Eestimaa_Kommunistliku_Partei_Keskkomitee, lk 65
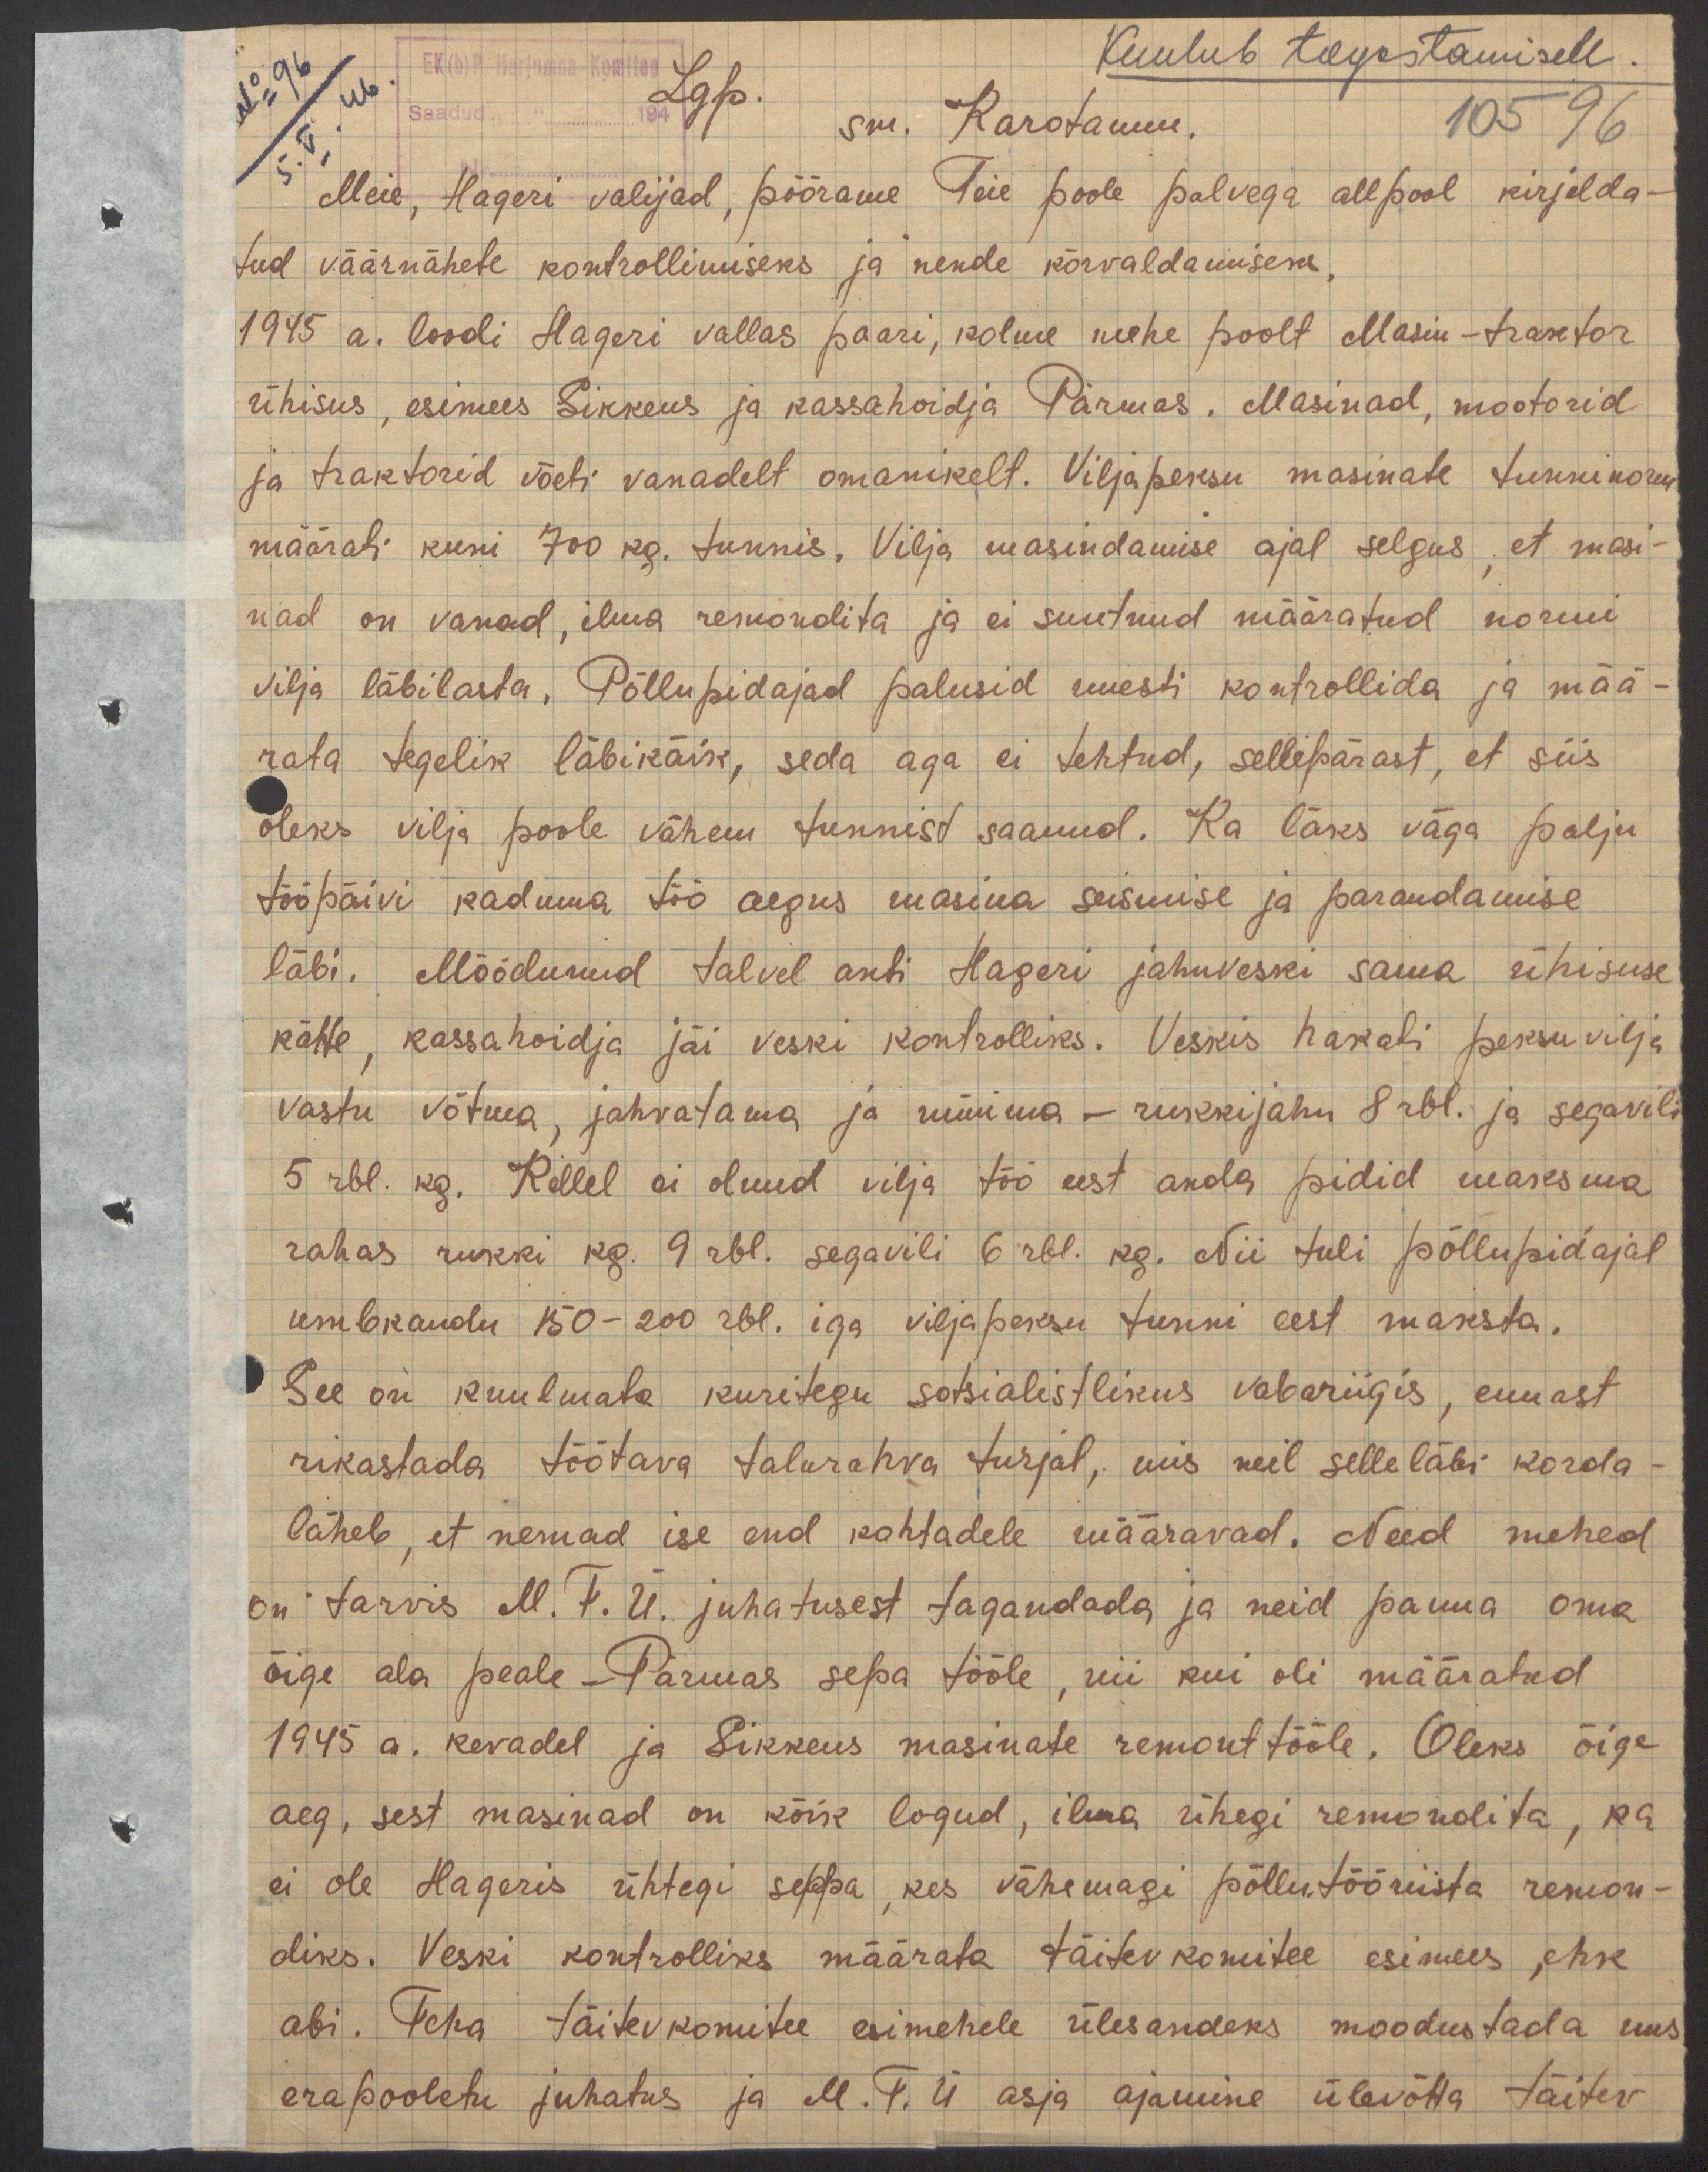
Kuulub tagastamisele
Lgp.
sm. Karotamm.
105 96
Meie, Hageri valijad, pöörame Teie poole palvega allpool kirjelda-
tud väärnähete kontrollimiseks ja nende kõrvaldamiseks.
1945 a. loodi Hageri vallas paari, kolme mehe poolt Masin-traktor
ühisus, esimees Sikkeus ja kassahoidja Pärmas. Masinad, mootorid
ja traktorid võeti vanadelt omanikelt. Viljapeksu masinate tunninorm
määrati kuni 700 kg. tunnis. Vilja masindamise ajal selgus, et masi-
nad on vanad, ilma remondita ja ei suutnud määratud normi
vilja läbilasta. Põllupidajad palusid uuesti kontrollida ja mää-
rata tegelik läbikäik, seda aga ei tehtud, sellepärast, et siis
oleks vilja poole vähem tunnist saanud. Ka läks väga palju
tööpäivi kaduma töö aegus masina seismise ja parandamise
läbi. Möödunud talvel anti Hageri jahuveski sama ühisuse
kätte, kassahoidja jäi veski kontrolliks. Veskis hakati peksuvilja
vastu võtma, jahvatama ja müüma - rukkijahu 8 rbl. ja segavili
5 rbl. kg. Kellel ei olnud vilja töö eest anda pidid maksma
rahas rukki kg. 9 rbl. segavili 6 rbl. kg. Nii tuli põllupidajal
umbkaudu 150-200 rbl. iga viljapeksu tunni eest maksta.
See on kuulmata kuritegu sotsialistlikus vabariigis, ennast
rikastada töötava talurahva turjal, mis neil selle läbi korda-
läheb, et nemad ise end kohtadele määravad. Need mehed
on tarvis M.T.Ü. juhatusest tagandada ja neid panna oma
õige ala peale - Pärmas sepa tööle, nii kui oli määratud
1945 a. kevadel ja Sikkeus masinate remonttööle. Oleks õige
aeg, sest masinad on kõik logud, ilma ühegi remondita, ka
ei ole Hageris ühtegi seppa, kes vähemagi põllutööriista remon-
diks. Veski kontrolliks määrata täitevkomitee esimees, ehk
abi. Teha täitevkomitee esimehele ülesandeks moodustada uus
erapooletu juhatus ja M.T.Ü. asja ajamine ülevõtta täitev